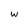
Character: w